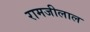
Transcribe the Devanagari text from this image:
रामजीलाल